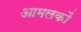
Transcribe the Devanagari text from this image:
आमलकों